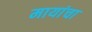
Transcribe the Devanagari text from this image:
मायांचा